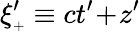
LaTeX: \xi_{{\scriptscriptstyle+}}^{\prime}\equiv ct^{\prime}\! +\! z^{\prime}